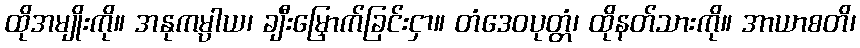
ထိုအမျိုးကို။ အနုကမ္ပါယ၊ ချီးမြှောက်ခြင်းငှာ။ တံဒေဝပုတ္တံ၊ ထိုနတ်သားကို။ အာယာစတိ၊